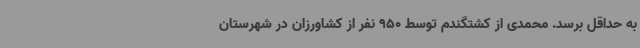
به حداقل برسد. محمدی از کشتگندم توسط 950 نفر از کشاورزان در شهرستان